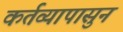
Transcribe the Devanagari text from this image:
कर्तव्यापासुन